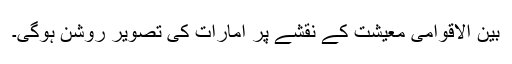
بین الاقوامی معیشت کے نقشے پر امارات کی تصویر روشن ہوگی۔